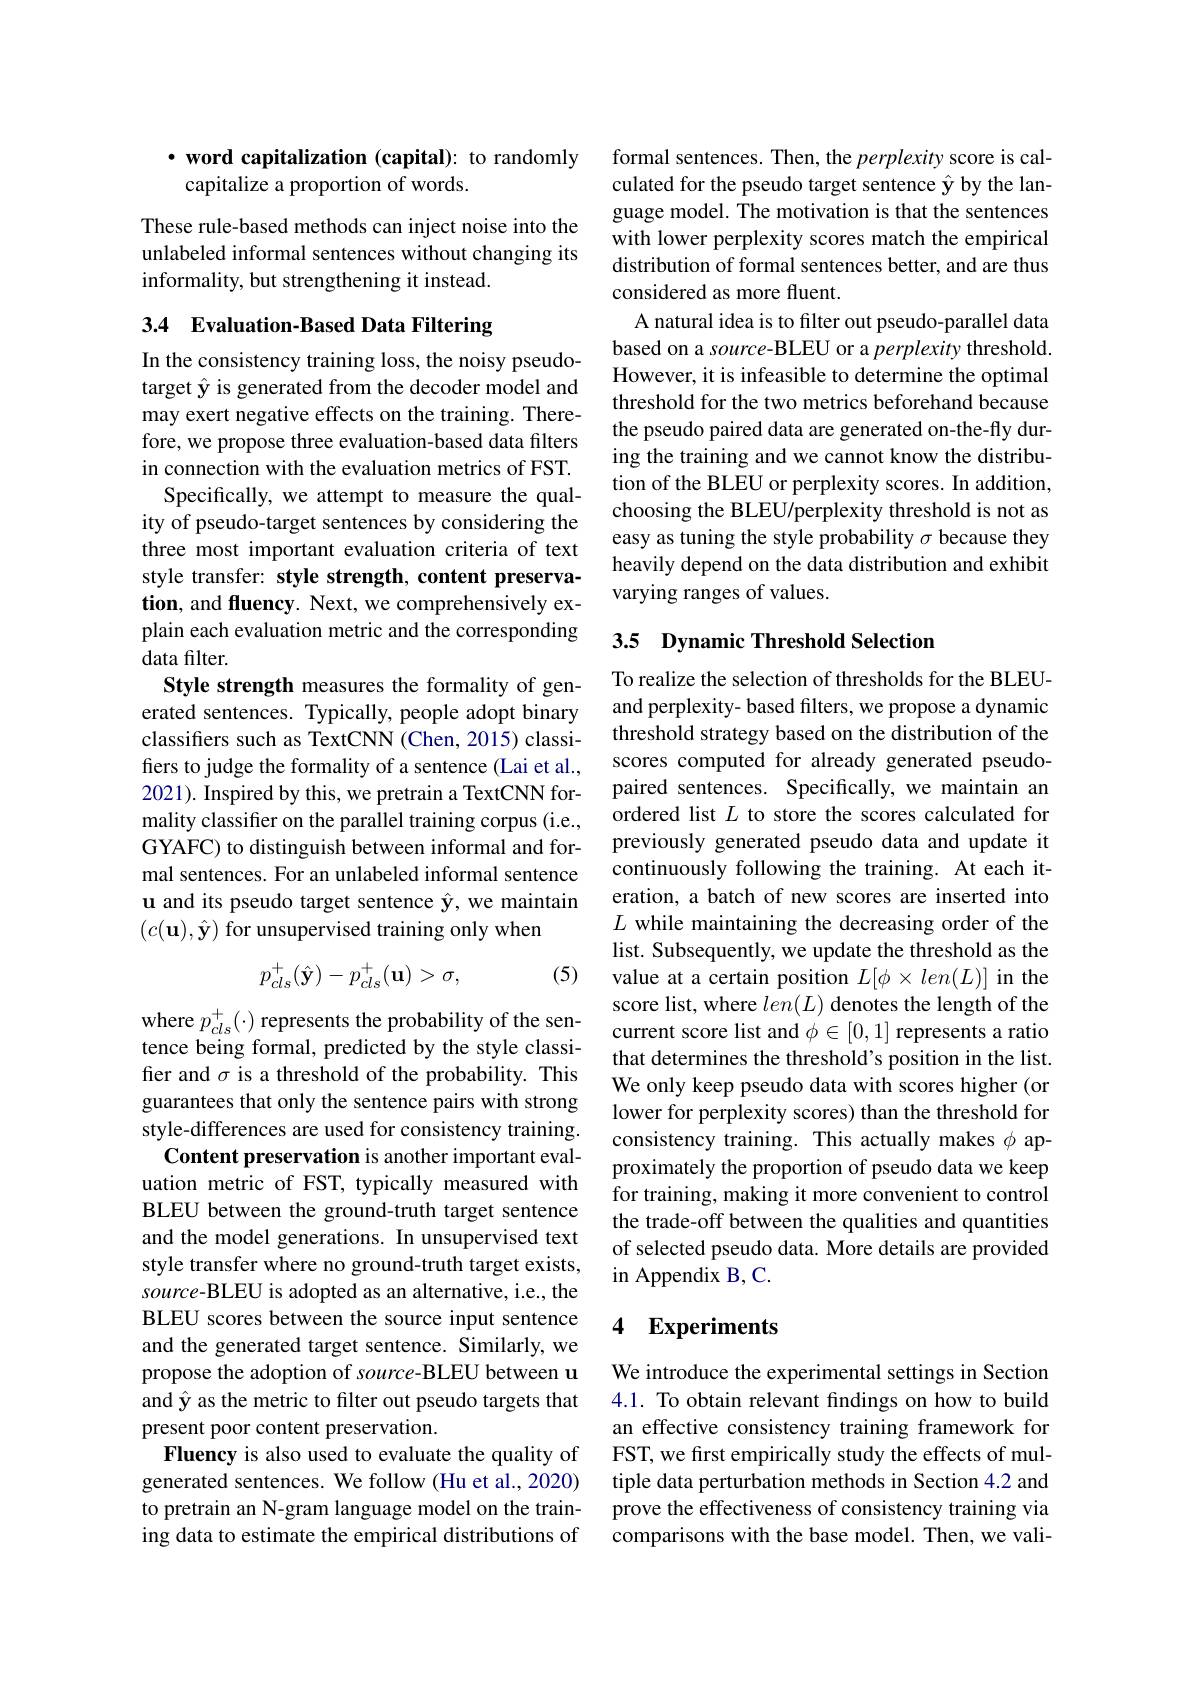
### $\cdot$ word capitalization (capital): to randomly capitalize a proportion of words.

These rule-based methods can inject noise into the unlabeled informal sentences without changing its informality, but strengthening it instead.

## 3.4 Evaluation-Based Data Filtering

In the consistency training loss, the noisy pseudotarget îy is generated from the decoder model and may exert negative effects on the training. Therefore, we propose three evaluation-based data filters in connection with the evaluation metrics of FST.
Specifically, we attempt to measure the quality of pseudo-target sentences by considering the three most important evaluation criteria of text style transfer: style strength, content preservation, and fluency. Next, we comprehensively explain each evaluation metric and the corresponding data filter.
Style strength measures the formality of generated sentences. Typically, people adopt binary classifers such as TextCNN (Chen, 2015) classifers to judge the formality of a sentence (Lai et al., 2021). Inspired by this, we pretrain a TextCNN formality classifer on the parallel training corpus (i.e., GYAFC) to distinguish between informal and formal sentences. For an unlabeled informal sentence u and its pseudo target sentence $\hat{\mathbf{y}}$, we maintain $(c(\mathbf{u}),\hat{\mathbf{y}})$ for unsupervised training only when
$$p_{cls}^+(\hat{\mathbf{y}})-p_{cls}^+(\mathbf{u})>\sigma,$$
(5)

tence being formal, predicted by the style classifer and $\sigma$ is a threshold of the probability. This guarantees that only the sentence pairs with strong style-differences are used for consistency training.
Content preservation is another important evaluation metric of FST, typically measured with BLEU between the ground-truth target sentence and the model generations. In unsupervised text style transfer where no ground-truth target exists, source-BLEU is adopted as an alternative, i.e., the BLEU scores between the source input sentence and the generated target sentence. Similarly, we propose the adoption of source-BLEU between u and $\hat{\mathbf{y}}$ as the metric to filter out pseudo targets that present poor content preservation.
Fluency is also used to evaluate the quality of generated sentences. We follow (Hu et al., 2020) to pretrain an N-gram language model on the training data to estimate the empirical distributions of

formal sentences. Then, the perplexity score is calculated for the pseudo target sentence $\hat{\mathbf{y}}$ by the language model. The motivation is that the sentences with lower perplexity scores match the empirical distribution of formal sentences better, and are thus considered as more fluent.
A natural idea is to filter out pseudo-parallel data based on a source- BLEU or a perplexity threshold. However, it is infeasible to determine the optimal threshold for the two metrics beforehand because the pseudo paired data are generated on-the-fly during the training and we cannot know the distribution of the BLEU or perplexity scores. In addition, choosing the BLEU/perplexity threshold is not as easy as tuning the style probability $\sigma$ because they heavily depend on the data distribution and exhibit varying ranges of values.

## 3.5 Dynamic Threshold Selection

To realize the selection of thresholds for the BLEUand perplexity- based filters, we propose a dynamic threshold strategy based on the distribution of the scores computed for already generated pseudopaired sentences. Specifically, we maintain an ordered list $L$ to store the scores calculated for previously generated pseudo data and update it continuously following the training. At each iteration, a batch of new scores are inserted into $L$ while maintaining the decreasing order of the list. Subsequently, we update the threshold as the value at a certain position $L[\phi\times len(L)]$ in the score list, where $len(L)$ denotes the length of the
where $p_{cls}^{+}(\cdot)$ represents the probability of the sen- current score list and $\phi\in[0,1]$ represents a ratio
that determines the threshold's position in the list. We only keep pseudo data with scores higher (or lower for perplexity scores) than the threshold for consistency training. This actually makes $\phi$ approximately the proportion of pseudo data we keep for training, making it more convenient to control the trade-off between the qualities and quantities of selected pseudo data. More details are provided in Appendix B, C.

# 4 Experiments

We introduce the experimental settings in Section 4.1. To obtain relevant findings on how to build an effective consistency training framework for FST, we first empirically study the effects of multiple data perturbation methods in Section 4.2 and prove the effectiveness of consistency training via comparisons with the base model. Then, we vali-